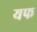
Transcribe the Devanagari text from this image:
यफ